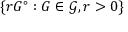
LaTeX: \left\{ r G ^ { \circ } : G \in { \mathcal { G } } , r > 0 \right\}